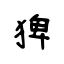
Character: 猈